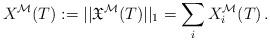
LaTeX: \begin{align*}X^{\mathcal{M}}(T):=||\mathfrak{X}^{\mathcal{M}}(T)||_1=\sum_i X^{\mathcal{M}}_i(T)\,.\end{align*}